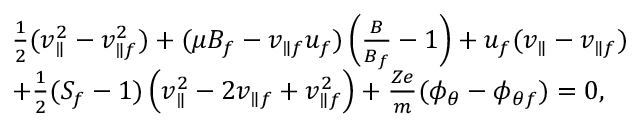
\begin{array} { r l } & { \frac { 1 } { 2 } ( v _ { \parallel } ^ { 2 } - v _ { \parallel f } ^ { 2 } ) + ( \mu B _ { f } - v _ { \parallel f } u _ { f } ) \left( \frac { B } { B _ { f } } - 1 \right) + u _ { f } ( v _ { \parallel } - v _ { \parallel f } ) } \\ & { + \frac { 1 } { 2 } ( S _ { f } - 1 ) \left( v _ { \parallel } ^ { 2 } - 2 v _ { \parallel f } + v _ { \parallel f } ^ { 2 } \right) + \frac { Z e } { m } ( \phi _ { \theta } - \phi _ { \theta f } ) = 0 , } \end{array}